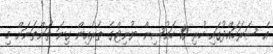
އެ ސަރަހައްދުގައި ހުރި 10 ހައުސިން ޔުނިޓްގެ ތެރެއިން ގިނަ ތަންތަނަށް މި